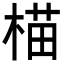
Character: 𬃝